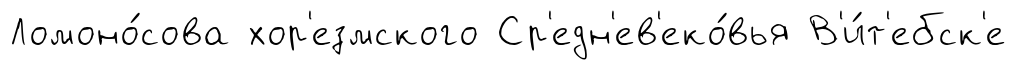
Ломоно́сова хор'езмского Ср'едн'ев'еко́вья В'и́т'ебск'е